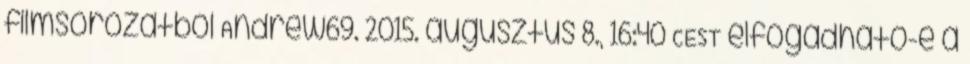
filmsorozatból Andrew69. 2015. augusztus 8., 16:40 CEST elfogadható-e a